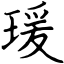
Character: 瑗